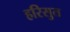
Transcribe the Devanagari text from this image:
हरिसुत